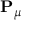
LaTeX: \mathbf { P } _ { \mu }